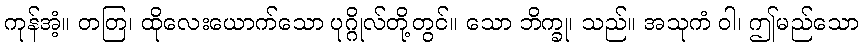
ကုန်အံ့။ တတြ၊ ထိုလေးယောက်သော ပုဂ္ဂိုလ်တို့တွင်။ သော ဘိက္ခု၊ သည်။ အသုကံ ဝါ၊ ဤမည်သော